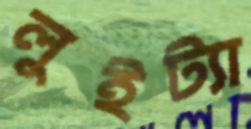
লুইট্যা